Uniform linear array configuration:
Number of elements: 4
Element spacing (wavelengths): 1
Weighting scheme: hann
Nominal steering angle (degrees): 30
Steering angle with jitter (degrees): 30.275
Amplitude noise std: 0.05
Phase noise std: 0.05

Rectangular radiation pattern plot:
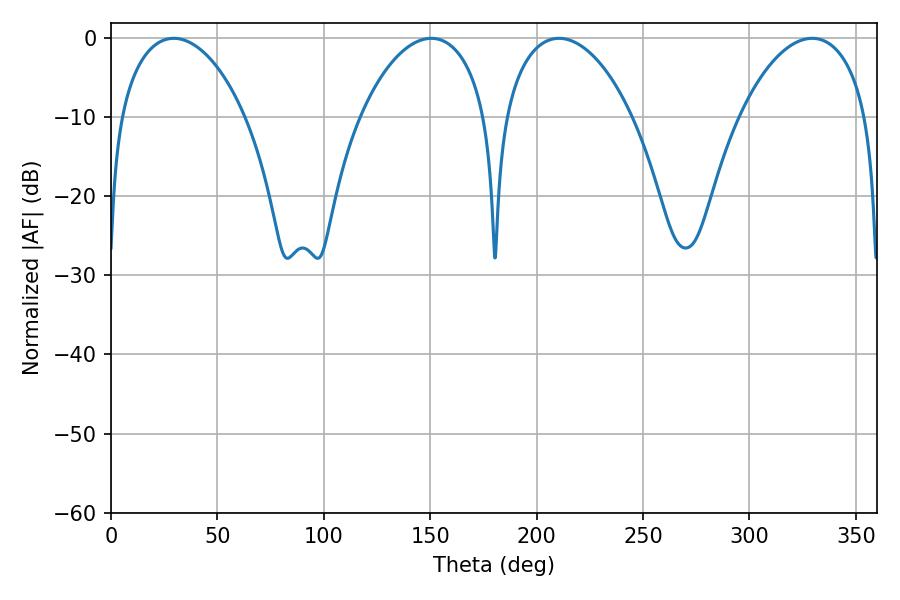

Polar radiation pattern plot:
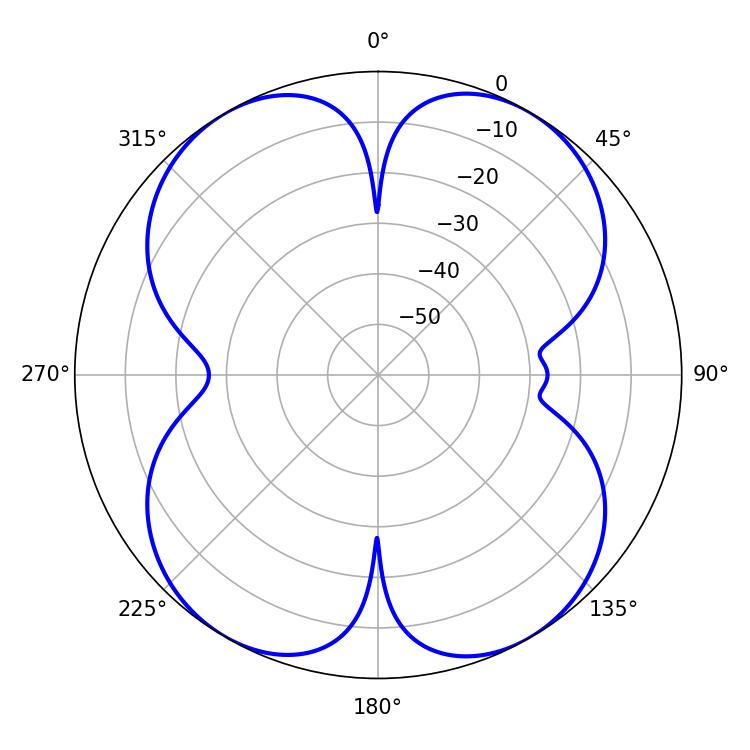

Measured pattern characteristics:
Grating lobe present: TRUE
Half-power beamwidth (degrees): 33.84
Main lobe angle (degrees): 29.52